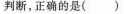
判断，正确的是()